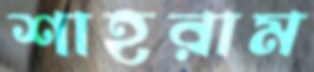
শাহরাম